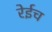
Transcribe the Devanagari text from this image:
रेईच